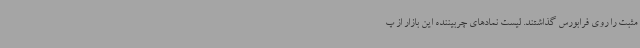
مثبت را روی فرابورس گذاشتند. لیست نمادهای چربیننده این بازار از پ